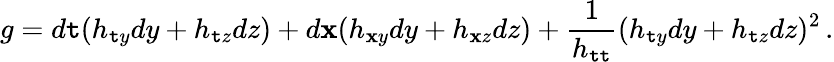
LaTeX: g=d\mathtt{t}(h_{\mathtt{t}y}dy+h_{\mathtt{t}z}dz)+d\mathbf{x}(h_{\mathbf{x}y}dy+h_{\mathbf{x}z}dz)+{\frac{{1}}{{h_{\mathtt{t}\mathtt{t}}}}}(h_{\mathtt{t}y}dy+h_{\mathtt{t}z}dz)^{2}\, .